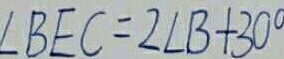
\angle B E C = 2 \angle B + 3 0 ^ { \circ }